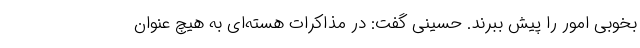
بخوبی امور را پیش ببرند. حسینی گفت: در مذاکرات هسته‌ای به هیچ عنوان